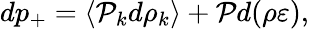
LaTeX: \begin{array}{r}{dp_{+}=\langle\mathcal{P}_{k}d\rho_{k}\rangle+\mathcal{P}d(\rho\varepsilon),}\end{array}